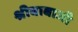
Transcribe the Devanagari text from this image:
श्रीबाबाजी